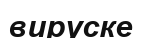
вируске